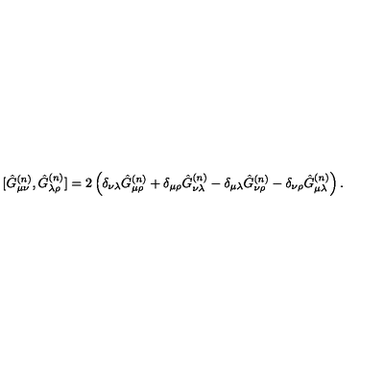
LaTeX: [ \hat { G } _ { \mu \nu } ^ { ( n ) } , \hat { G } _ { \lambda \rho } ^ { ( n ) } ] = 2 \left( \delta _ { \nu \lambda } \hat { G } _ { \mu \rho } ^ { ( n ) } + \delta _ { \mu \rho } \hat { G } _ { \nu \lambda } ^ { ( n ) } - \delta _ { \mu \lambda } \hat { G } _ { \nu \rho } ^ { ( n ) } - \delta _ { \nu \rho } \hat { G } _ { \mu \lambda } ^ { ( n ) } \right) .